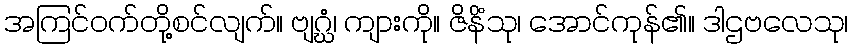
အကြင်ဝက်တို့စင်လျက်။ ဗျဂ္ဃံ၊ ကျားကို။ ဇိနိံသု၊ အောင်ကုန်၏။ ဒါဌဗလေသု၊